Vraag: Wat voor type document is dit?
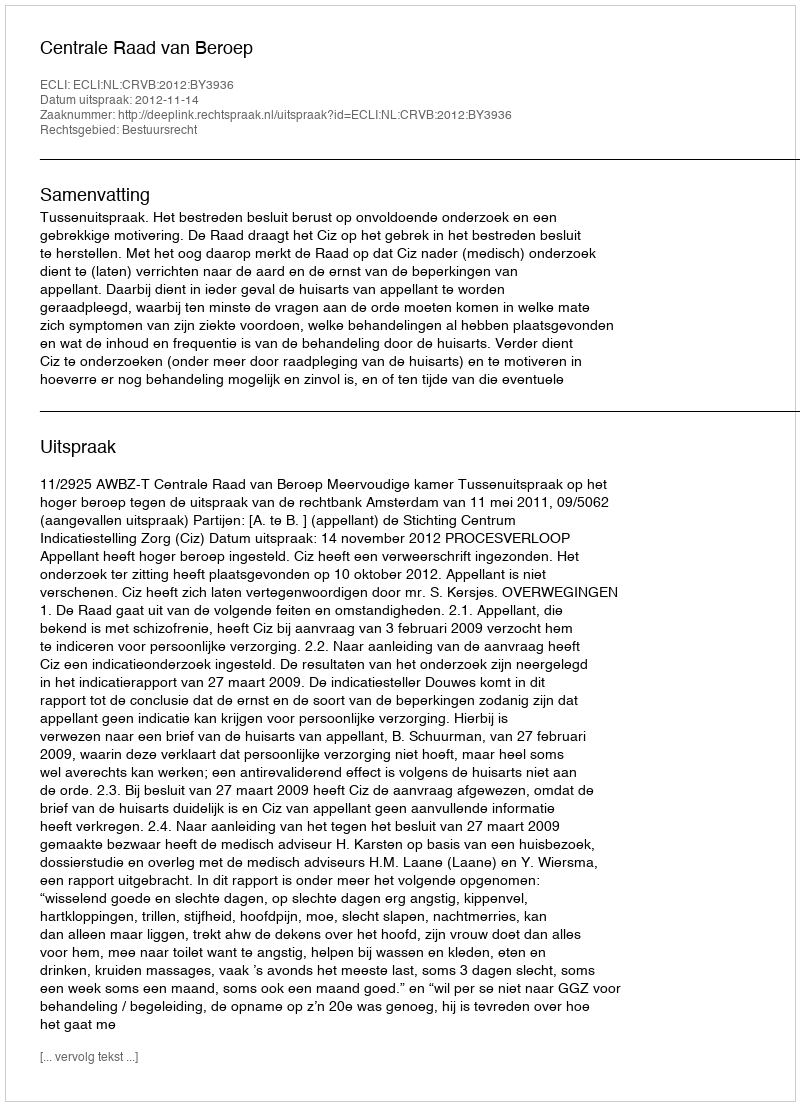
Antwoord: Uitspraak